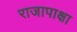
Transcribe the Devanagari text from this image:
राजापाक्षा